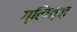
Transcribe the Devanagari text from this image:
ग्लित्ज़